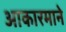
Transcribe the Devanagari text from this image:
आकारमाने